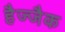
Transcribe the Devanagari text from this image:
हैज्जैक